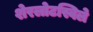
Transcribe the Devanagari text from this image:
शेरलोटस्विले